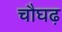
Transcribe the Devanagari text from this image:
चौघढ़